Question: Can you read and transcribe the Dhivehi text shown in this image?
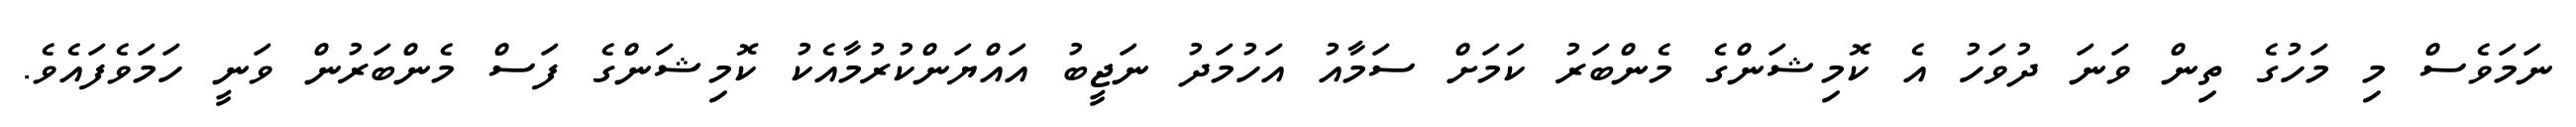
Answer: ނަމަވެސް މި މަހުގެ ތިން ވަނަ ދުވަހު އެ ކޮމިޝަންގެ މެންބަރު ކަމަށް ސަމާއު އަހުމަދު ނަޖީބު އައްޔަންކުރުމާއެކު ކޮމިޝަންގެ ފަސް މެންބަރުން ވަނީ ހަމަވެފައެވެ.